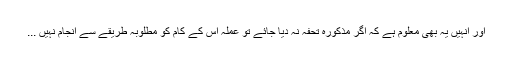
اور انہيں يہ بھى معلوم ہے کہ اگر مذکورہ تحفہ نہ ديا جائے تو عملہ اس کے کام کو مطلوبہ طريقے سے انجام نہيں ...